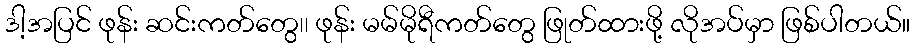
ဒါ့အပြင် ဖုန်း ဆင်းကတ်တွေ၊၊ ဖုန်း မမ်မိုရီကတ်တွေ ဖြုတ်ထားဖို့ လိုအပ်မှာ ဖြစ်ပါတယ်။